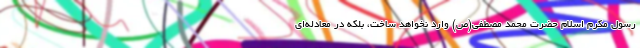
رسول مکرم اسلام حضرت محمد مصطفی(ص) وارد نخواهد ساخت، بلکه در معادله‌ای